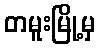
တမူးမြို့မှ